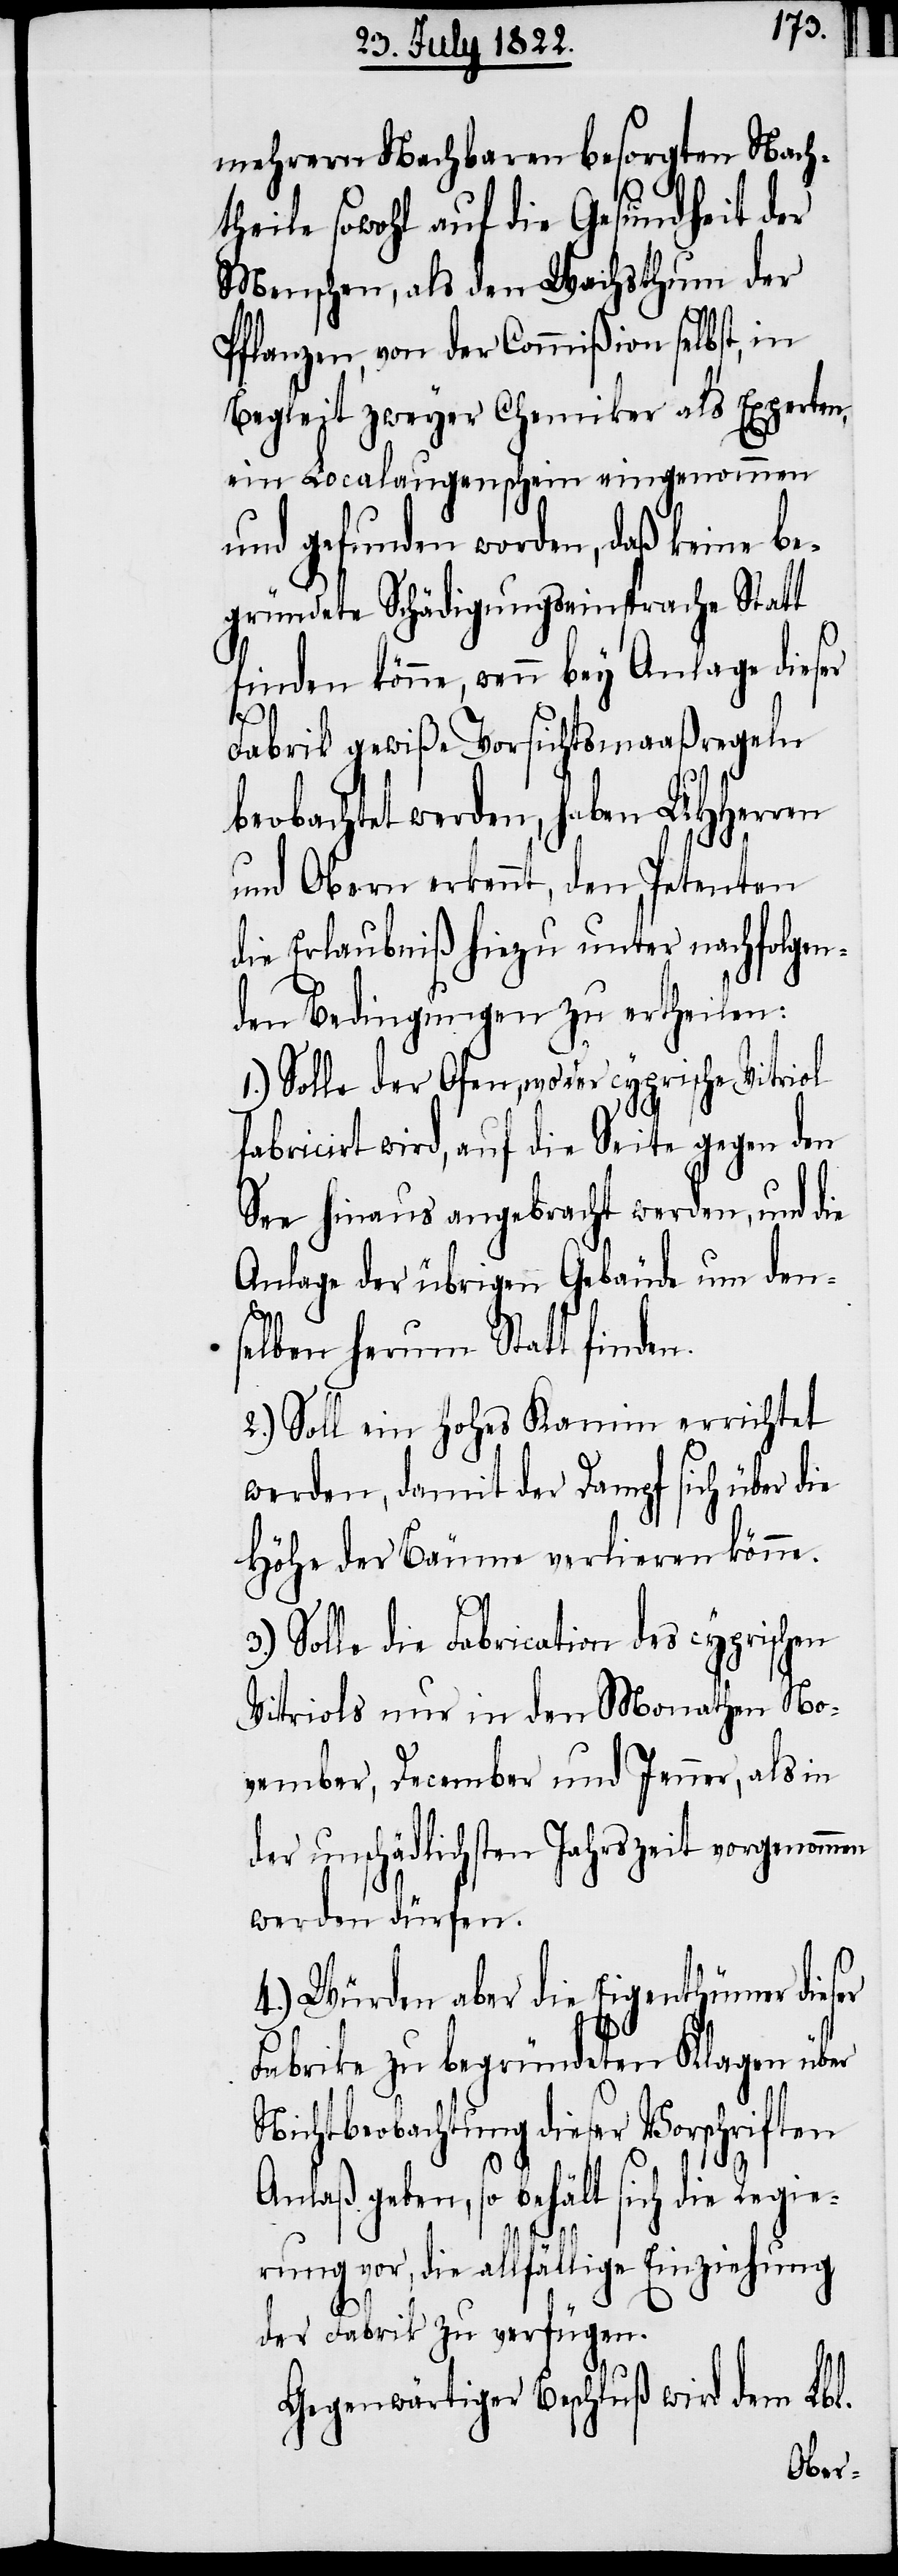
mehrern Nachbaren besorgten Nach¬
theile sowohl auf die Gesundheit der
Menschen, als den Wachsthum der
Pflanzen, von der Commißon selbst, in
Begleit zweyer Chemiker als Experten,
ein Localaugenschein eingenommen
und gefunden worden, daß keine be¬
gründete Schädigungseinsprache Statt
finden könne, wenn bey Anlage dieser
Fabrik gewiße Vorsichtsmaaßregeln
beobachtet werden, haben UHHerrn
und Obern erkennt, den Petenten
die Erlaubniß hiezu unter nachfolgen¬
den Bedingungen zu ertheilen:
1.) Solle der Ofen, wo der cyprische Vitriol
fabricirt wird, auf die Seite gegen den
See hinaus angebracht werden, und die
Anlage der übrigen Gebäude um den¬
selben herum Statt finden.
2.) Soll ein hohes Kamin errichtet
werden, damit der Dampf sich über die
Höhe der Bäume verlieren könne.
Solle die Fabrication des cyprischen
Vitriols nur in den Monathen No¬
vember, December und Jenner, als in
der unschädlichen Jahreszeit vorgenommen
werden dürfen.
4.) Würden aber die Eigenthümer dieser
Fabrike zu begründeten Klagen über
Nichtbeobachtung dieser Vorschriften
Anlaß geben, so behält sich die Regie¬
rung vor, die allfällige Einziehung
der Fabrik zu verfügen.
Gegenwärtiger Beschluß wird dem Lbl.